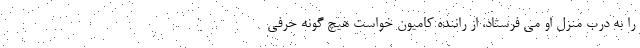
را به درب منزل او می فرستاد، از راننده کامیون خواست هیچ گونه حرفی